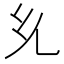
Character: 𭀘